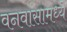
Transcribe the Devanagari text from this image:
वनवासामध्ये